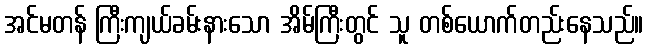
အင်မတန် ကြီးကျယ်ခမ်းနားသော အိမ်ကြီးတွင် သူ တစ်ယောက်တည်းနေသည်။